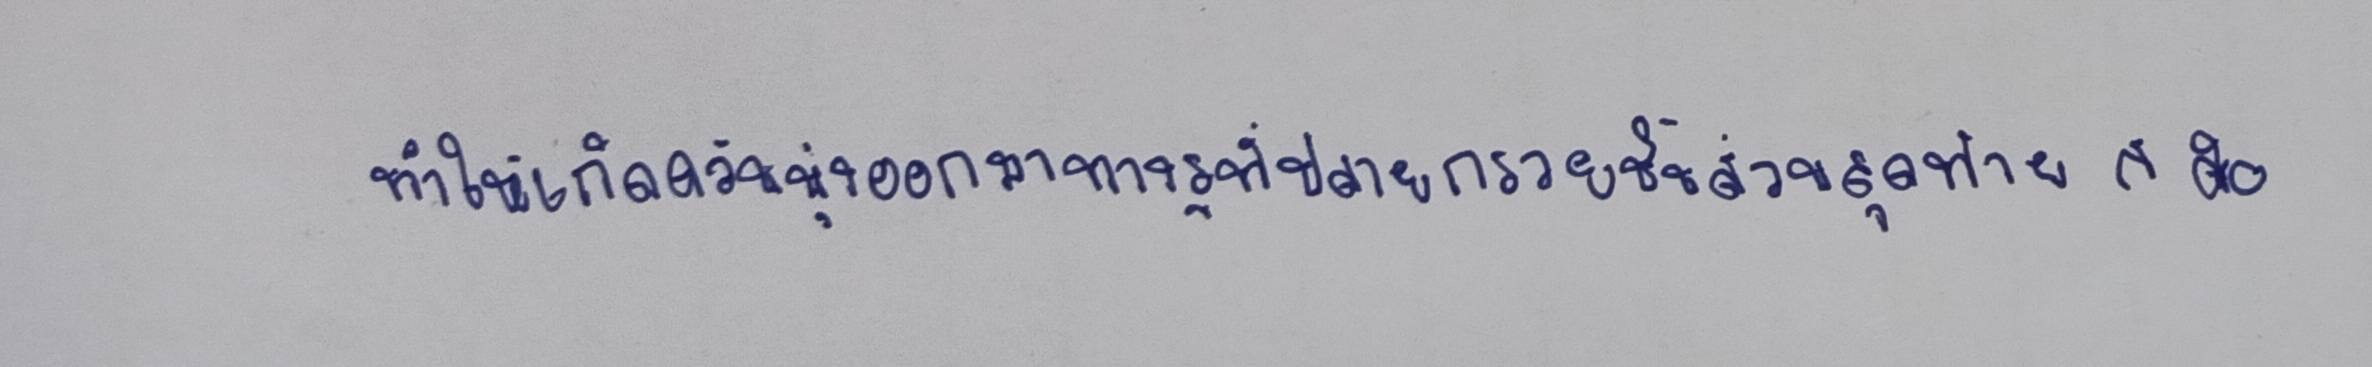
ทำให้เกิดควันพุ่งออกมาทางรูที่ปลายกรวยชิ้นส่วนสุดท้ายก็คือ